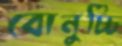
বোনুচ্চি